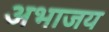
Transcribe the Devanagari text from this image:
अभाजय